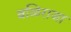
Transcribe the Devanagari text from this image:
बळिराजा